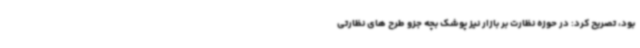
بود، تصریح کرد: در حوزه نظارت بر بازار نیز پوشک بچه جزو طرح های نظارتی